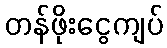
တန်ဖိုးငွေကျပ်